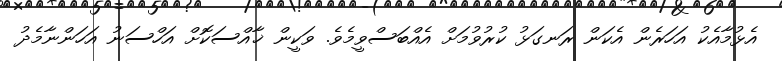
އެޅުމާއެކު އަހަރެން އެކަން ރަނގަޅު ކުރުވުމަށް އެއްބަސްވީމެވެ. ވަކީން ޚާއްސަކޮށް އަހްސަނު އަހަންނާމެދު